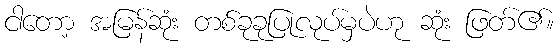
ငါတော့ အမြန်ဆုံး တစ်ခုခုပြုလုပ်မှပဲဟု ဆုံး ဖြတ်၏။